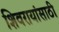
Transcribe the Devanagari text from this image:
शिवरायांसाठी